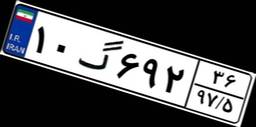
۱۰گ۶۹۲۳۶